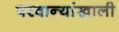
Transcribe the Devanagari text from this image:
परवान्यांखाली